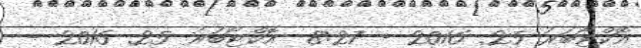
އޮކްޓޯބަރު 25